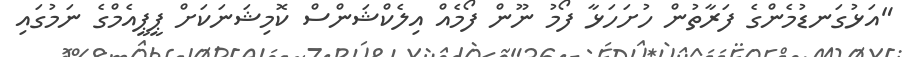
"އަޅުގަނޑުމެންގެ ފަރާތުން ހުށަހަޅާ ފޯމު ނޫން ފޯމެއް އިލެކްޝަންސް ކޮމިޝަނަކަށް ޕީޕީއެމްގެ ނަމުގައި